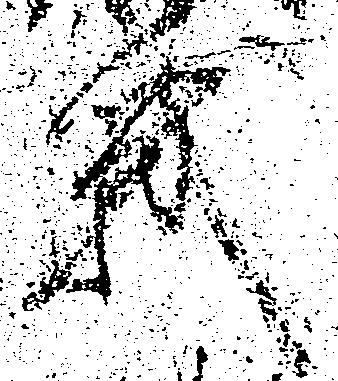
戦